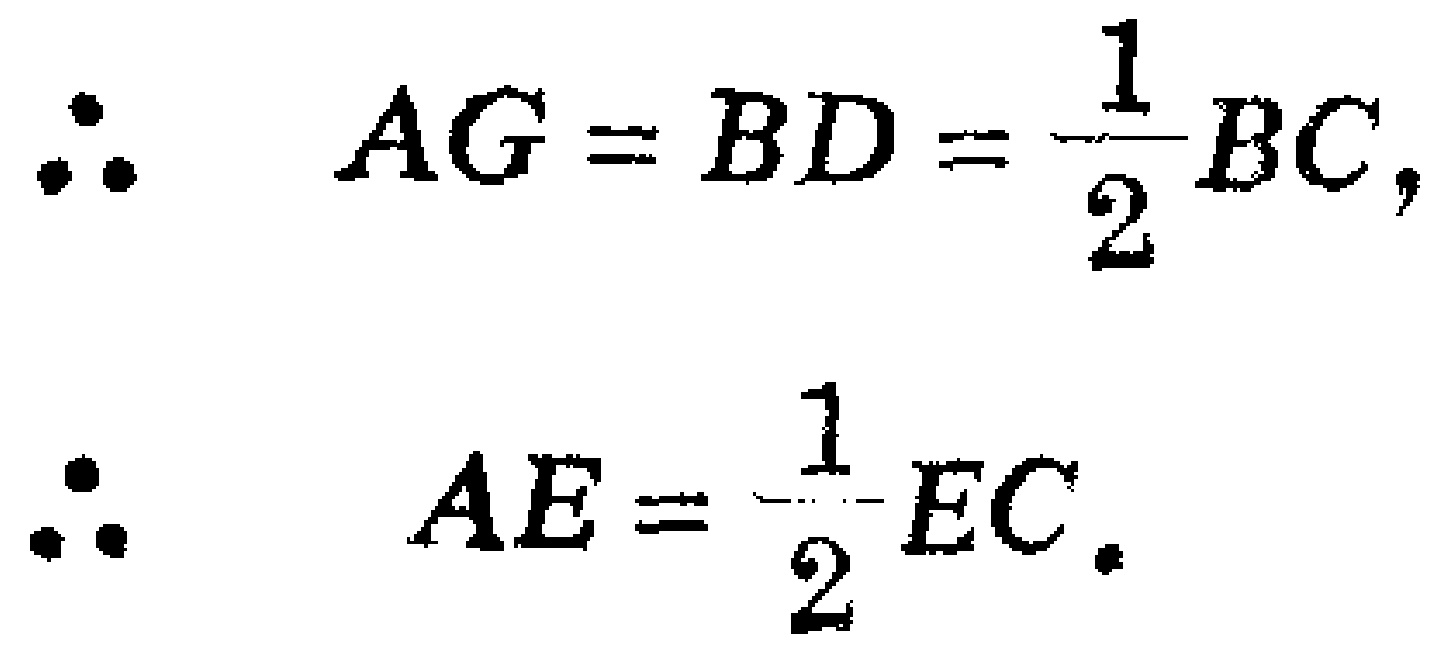
\[\begin{align*}

\therefore\quad AG&=BD=\frac{1}{2}BC,\\

\therefore\quad AE&=\frac{1}{2}EC.

\end{align*}\]